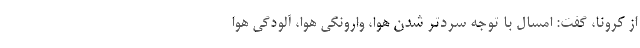
از کرونا، گفت: امسال با توجه سردتر شدن هوا، وارونگی هوا، آلودگی هوا